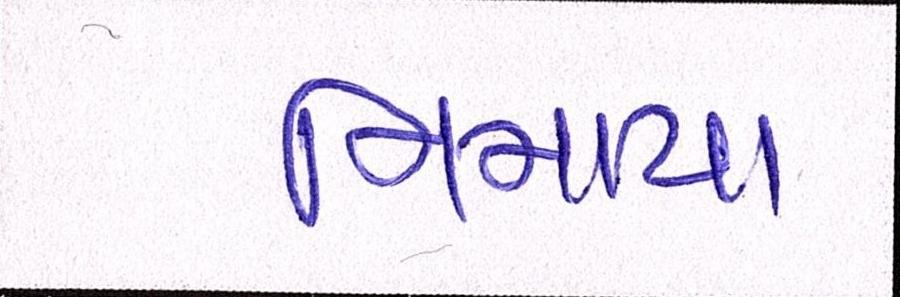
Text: નિમાયા